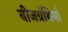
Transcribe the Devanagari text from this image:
बीजग्रंथियाँ